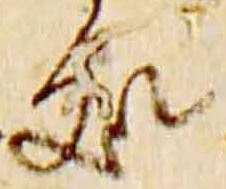
処